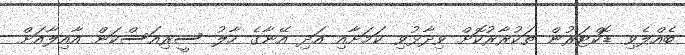
ބެއްލެވި ޑޮކްޓަރުން ތަކުރާރުކޮށް ވިދާޅުވި ކަމަށާއި އަދި އޭނާގެ ހާލު ސީރިއަސްކަން އާއިލާއަށް